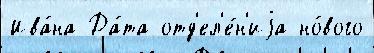
Ива́на Да́та отд'ел'е́н'иjа но́вого